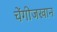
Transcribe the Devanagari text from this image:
चेंगीजखान